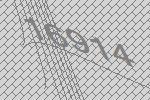
16914